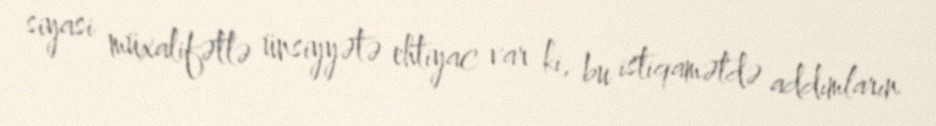
siyasi müxalifətlə ünsiyyətə ehtiyac var ki, bu istiqamətdə addımların